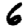
Digit: 6